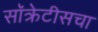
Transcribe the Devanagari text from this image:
सॉक्रेटीसचा